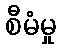
စီမံမှု